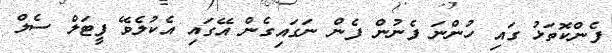
ފެންކޮތަޅު ގައި ހުންނަ ފެނުން ފެން ނަގައިގެން އޭގައި އެކުލެވޭ ފީޓަލް ސެލް